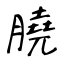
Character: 膮